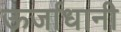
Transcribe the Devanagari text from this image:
ऊर्जाधानी